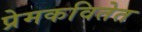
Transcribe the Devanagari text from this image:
प्रेमकवितेत